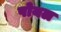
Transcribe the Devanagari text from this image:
पोयल